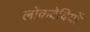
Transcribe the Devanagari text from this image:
लोकदेवियों